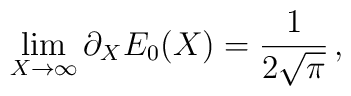
\lim_{X\rightarrow\infty}\partial_{X}E_{0}(X)={1\over{2\sqrt{\pi}}}\, ,